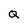
Character: Q